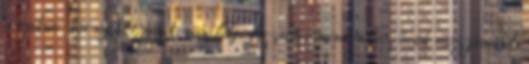
a raktár környékét, gondosan feljegyeztetve mindent az őrök mozgásáról.